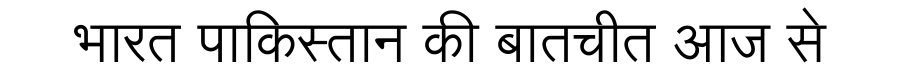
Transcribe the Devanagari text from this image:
भारत पाकिस्तान की बातचीत आज से